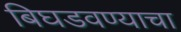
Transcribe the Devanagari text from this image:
बिघडवण्याचा